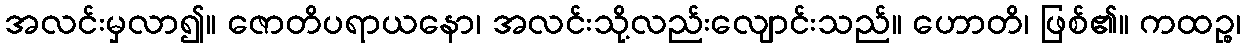
အလင်းမှလာ၍။ ဇောတိပရာယနော၊ အလင်းသို့လည်းလျောင်းသည်။ ဟောတိ၊ ဖြစ်၏။ ကထဉ္စ၊